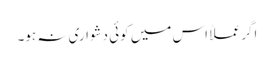
اگر عملاً اس میں کوئی دشواری نہ ہو۔